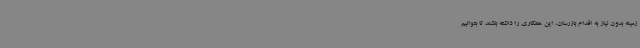
زمینه بدون نیاز به اقدام بازرسان، این همکاری را داشته باشند تا بتوانیم